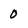
Character: 0